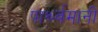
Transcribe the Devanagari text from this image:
पार्श्र्वमानी